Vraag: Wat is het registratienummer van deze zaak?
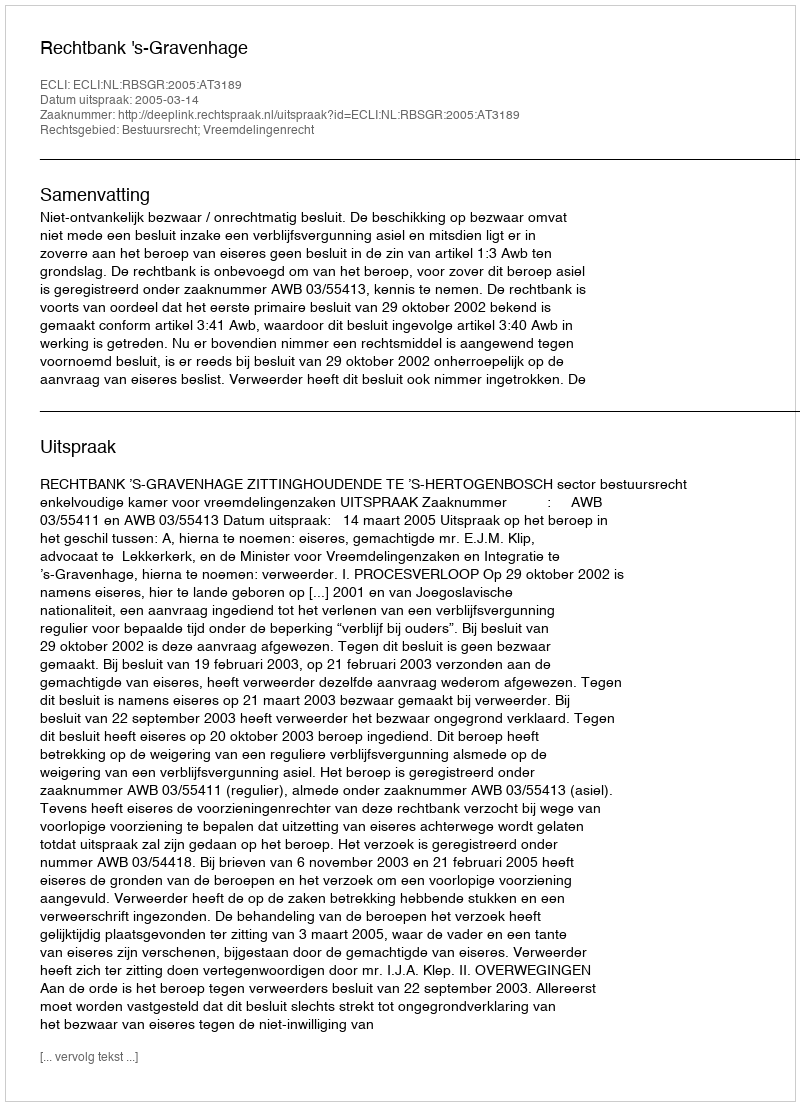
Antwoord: http://deeplink.rechtspraak.nl/uitspraak?id=ECLI:NL:RBSGR:2005:AT3189